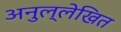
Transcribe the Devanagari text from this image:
अनुल्लेखित